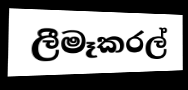
ලීමෑකරල්